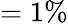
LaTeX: =1\%